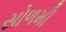
સોળમી